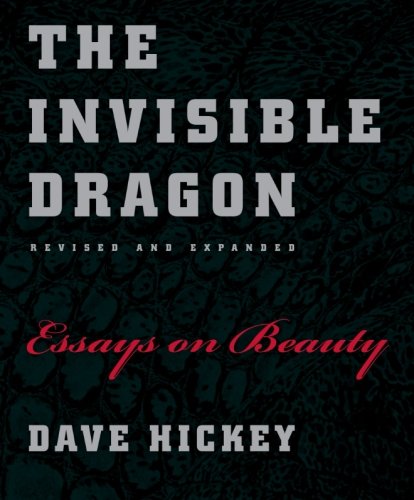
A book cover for The Invisible Dragon: Essays on Beauty, Revised and Expanded; Dave Hickey; Politics & Social Sciences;